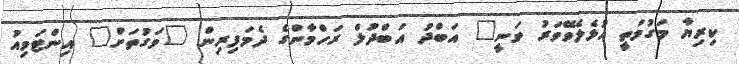
ކިރިޔާ މަގުމަތީ އުޅެލެވޭވަރު ވަނީ" އަބްދު އަބްދުލް ރަހްމާންގެ ދެމަފިރިން "ވަގުތަށް" އިންޓަވިއު